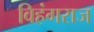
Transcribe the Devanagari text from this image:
विहंगराज